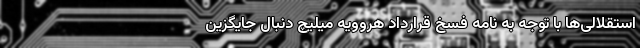
استقلالی‌ها با توجه به نامه فسخ قرارداد هروویه میلیچ دنبال جایگزین